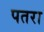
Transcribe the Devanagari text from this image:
पतरा